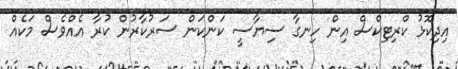
އިދިކޮޅު ކްރިޓިކްސް އިން ހިނގާ ސިޔާސީ ކަންކަން ސަރުކާރުން ކުރާ އެއްވެސް މަކެއް